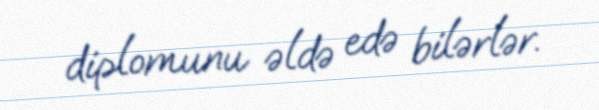
diplomunu əldə edə bilərlər.